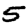
Digit: 5